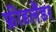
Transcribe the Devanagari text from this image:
फ्रीडलैंडर